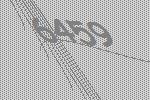
6459